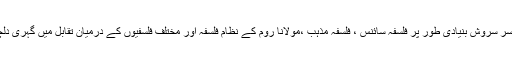
اصلاح پسند پروفیسر سروش بنیادی طور پر فلسفہ سائنس ، فلسفہ مذہب ،مولانا روم کے نظام فلسفہ اور مختلف فلسفیوں کے درمیان تقابل میں گہری دلچسپی رکھتے ہیں۔